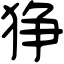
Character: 狰